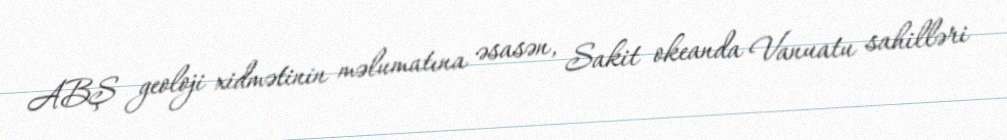
ABŞ geoloji xidmətinin məlumatına əsasən, Sakit okeanda Vanuatu sahilləri